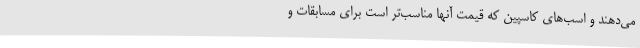
می‌دهند و اسب‌های کاسپین که قیمت آنها مناسب‌تر است برای مسابقات و